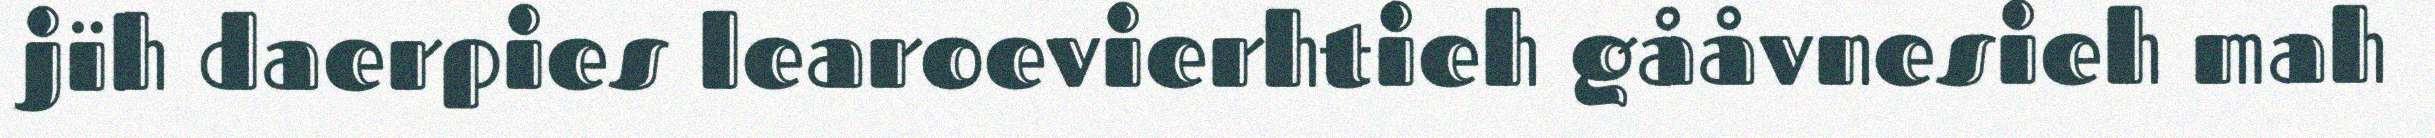
jïh daerpies learoevierhtieh gååvnesieh mah